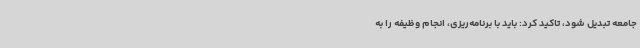
جامعه تبدیل شود، تاکید کرد: باید با برنامه‌ریزی، انجام وظیفه را به